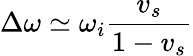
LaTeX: \Delta\omega\simeq\omega_{i}\frac{v_{s}}{1-v_{s}}